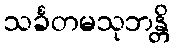
သင်္ခတမသုဘန္တိ